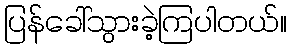
ပြန်ခေါ်သွားခဲ့ကြပါတယ်။